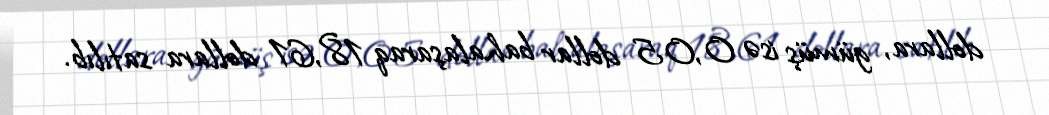
dollara, gümüş isə 0,05 dollar bahalaşaraq 18,61 dollara satılıb.